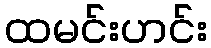
ထမင်းဟင်း